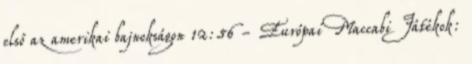
első az amerikai bajnokságon 12:56 - Európai Maccabi Játékok: